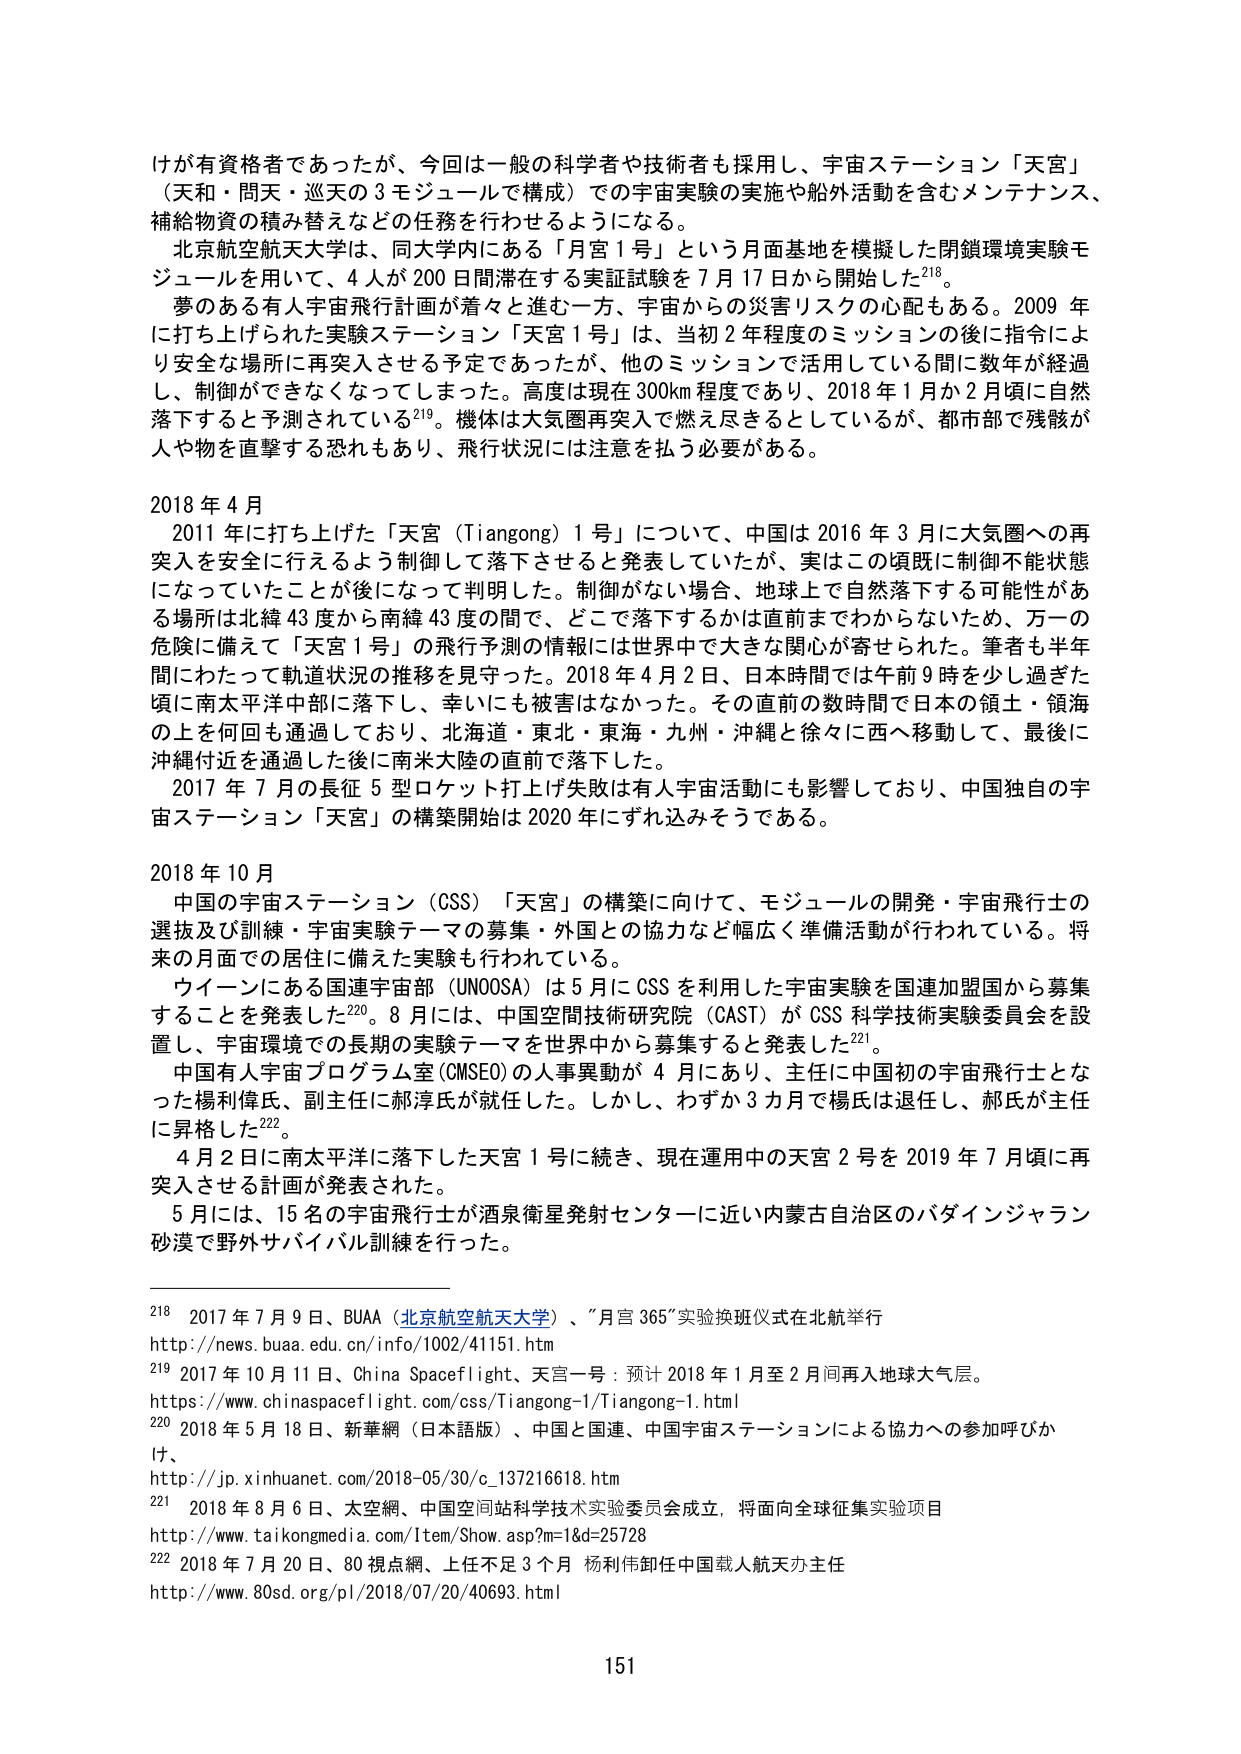
けが有資格者であったが、今回は一般の科学者や技術者も採用し、宇宙ステーション「天宮」（天和・問天・巡天の３モジュールで構成）での宇宙実験の実施や船外活動を含むメンテナンス、補給物資の積み替えなどの任務を行わせるようになる。

北京航空航天大学は、同校学内にある「月宮１号」という月面基地を模擬した閉鎖環境実験モジュールを用いて、４人が２００日間滞在する実証試験を７月１７日から開始した²¹⁸。

夢のある有人宇宙飛行計画が着々と進む一方、宇宙からの災害リスクの心配もある。２００９年に打ち上げられた実験ステーション「天宮１号」は、当初２年程度のミッションの後に指令により安全な場所に再突入させる予定であったが、他のミッションで活用している間に数年が経過し、制御ができなくなってしまった。高度は現在３００ｋｍ程度であり、２０１８年１月か２月頃に自然落下すると予測されている²¹⁹。機体は大気圏再突入で燃え尽きるとしているが、都市部で残骸が人や物を直撃する恐れもあり、飛行状況には注意を払う必要がある。

２０１８年４月

　２０１１年に打ち上げた「天宮（Ｔｉａｎｇｏｎｇ）１号」について、中国は２０１６年３月に大気圏への再突入を安全に行えるよう制御して落下させると発表していたが、実はこの頃既に制御不能状態になっていたことが後になって判明した。制御がない場合、地球上で自然落下する可能性がある場所は北緯４３度から南緯４３度の間で、どこで落下するかは直前までわからないため、万一の危険に備えて「天宮１号」の飛行予測の情報には世界中で大きな関心が寄せられた。筆者も半年間にわたって軌道状況の推移を見守った。２０１８年４月２日、日本時間では午前９時を少し過ぎた頃に南太平洋中部に落下し、幸いにも被害はなかった。その直前の数時間で日本の領土・領海の上に何回も通過しており、北海道・東北・東海・九州・沖縄と徐々に西へ移動して、最後に沖縄付近を通過した後に南米大陸の直前で落下した。

　２０１７年７月の長征５型ロケット打上げ失敗は有人宇宙活動にも影響しており、中国独自の宇宙ステーション「天宮」の構築開始は２０２０年にずれ込みそうである。

２０１８年１０月

　中国の宇宙ステーション（ＣＳＳ）「天宮」の構築に向けて、モジュールの開発・宇宙飛行士の選抜及び訓練・宇宙実験テーマの募集・外国との協力など幅広く準備活動が行われている。将来の月面での居住に備えた実験も行われている。

　ウイグルにある国連宇宙部（ＵＮＯＯＳＡ）は５月にＣＳＳを利用した宇宙実験を国連加盟国から募集することを発表した²²⁰。８月には、中国空間技術研究院（ＣＡＳＴ）がＣＳＳ科学技術実験委員会を設置し、宇宙環境での長期の実験テーマを世界中から募集すると発表した²²¹。

　中国有人宇宙プログラム室（ＣＭＳＥＯ）の人事異動が４月にあり、主任に中国初の宇宙飛行士となった楊利偉氏、副主任に郝淳氏が就任した。しかし、わずか３カ月で楊氏は退任し、郝氏が主任に昇格した²²²。

　４月２日に南太平洋に落下した天宮１号に続き、現在運用中の天宮２号を２０１９年７月頃に再突入させる計画が発表された。

　５月には、１５名の宇宙飛行士が酒泉衛星発射センターに近い内蒙古自治区のバダインジャラン砂漠で野外サバイバル訓練を行った。

²¹⁸ ２０１７年７月９日、ＢＵＡＡ（北京航空航天大学）、「月宮３６５」実験換班儀式在北航举行
http://news.buaa.edu.cn/info/1002/41151.htm

²¹⁹ ２０１７年１０月１１日、Ｃｈｉｎａ Ｓｐａｃｅｆｌｉｇｈｔ、天宮一号：预计２０１８年１月至２月间再入地球大气层。
https://www.chinaspaceflight.com/css/Tiangong-1/Tiangong-1.html

²²⁰ ２０１８年５月１８日、新華網（日本語版）、中国と国連、中国宇宙ステーションによる協力への参加呼びかけ、
http://jp.xinhuanet.com/2018-05/30/c_137216618.htm

²²¹ ２０１８年８月６日、太空網、中国空间站科学技术实验委员会成立，将面向全球征集实验项目
http://www.taikongmedia.com/Item/Show.asp?m=1&d=25728

²²² ２０１８年７月２０日、８０視点網、上任不足３か月 杨利伟卸任中国载人航天办主任
http://www.80sd.org/pl/2018/07/20/40693.html

１５１